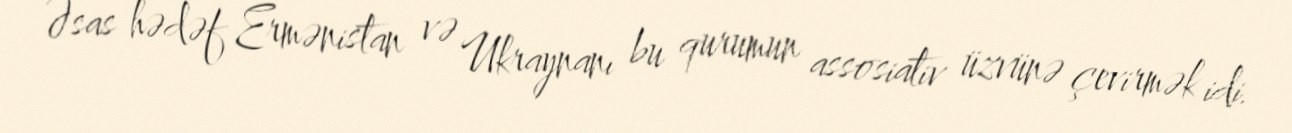
Əsas hədəf Ermənistan və Ukraynanı bu qurumun assosiativ üzvünə çevirmək idi.